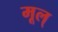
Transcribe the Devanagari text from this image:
मूल्